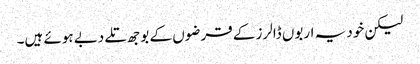
لیکن خود یہ اربوں ڈالرز کے قرضوں کے بوجھ تلے دبے ہوئے ہیں۔